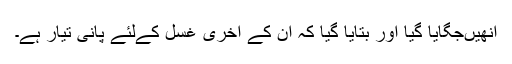
انھیںجگایا گیا اور بتایا گیا کہ ان کے آخری غسل کےلئے پانی تیار ہے۔